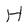
Character: H